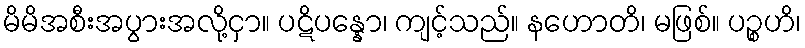
မိမိအစီးအပွားအလို့ငှာ။ ပဋိပန္နော၊ ကျင့်သည်။ နဟောတိ၊ မဖြစ်။ ပဉ္စဟိ၊